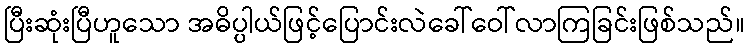
ပြီးဆုံးပြီဟူသော အဓိပ္ပါယ်ဖြင့်ပြောင်းလဲခေါ်ဝေါ်လာကြခြင်းဖြစ်သည်။